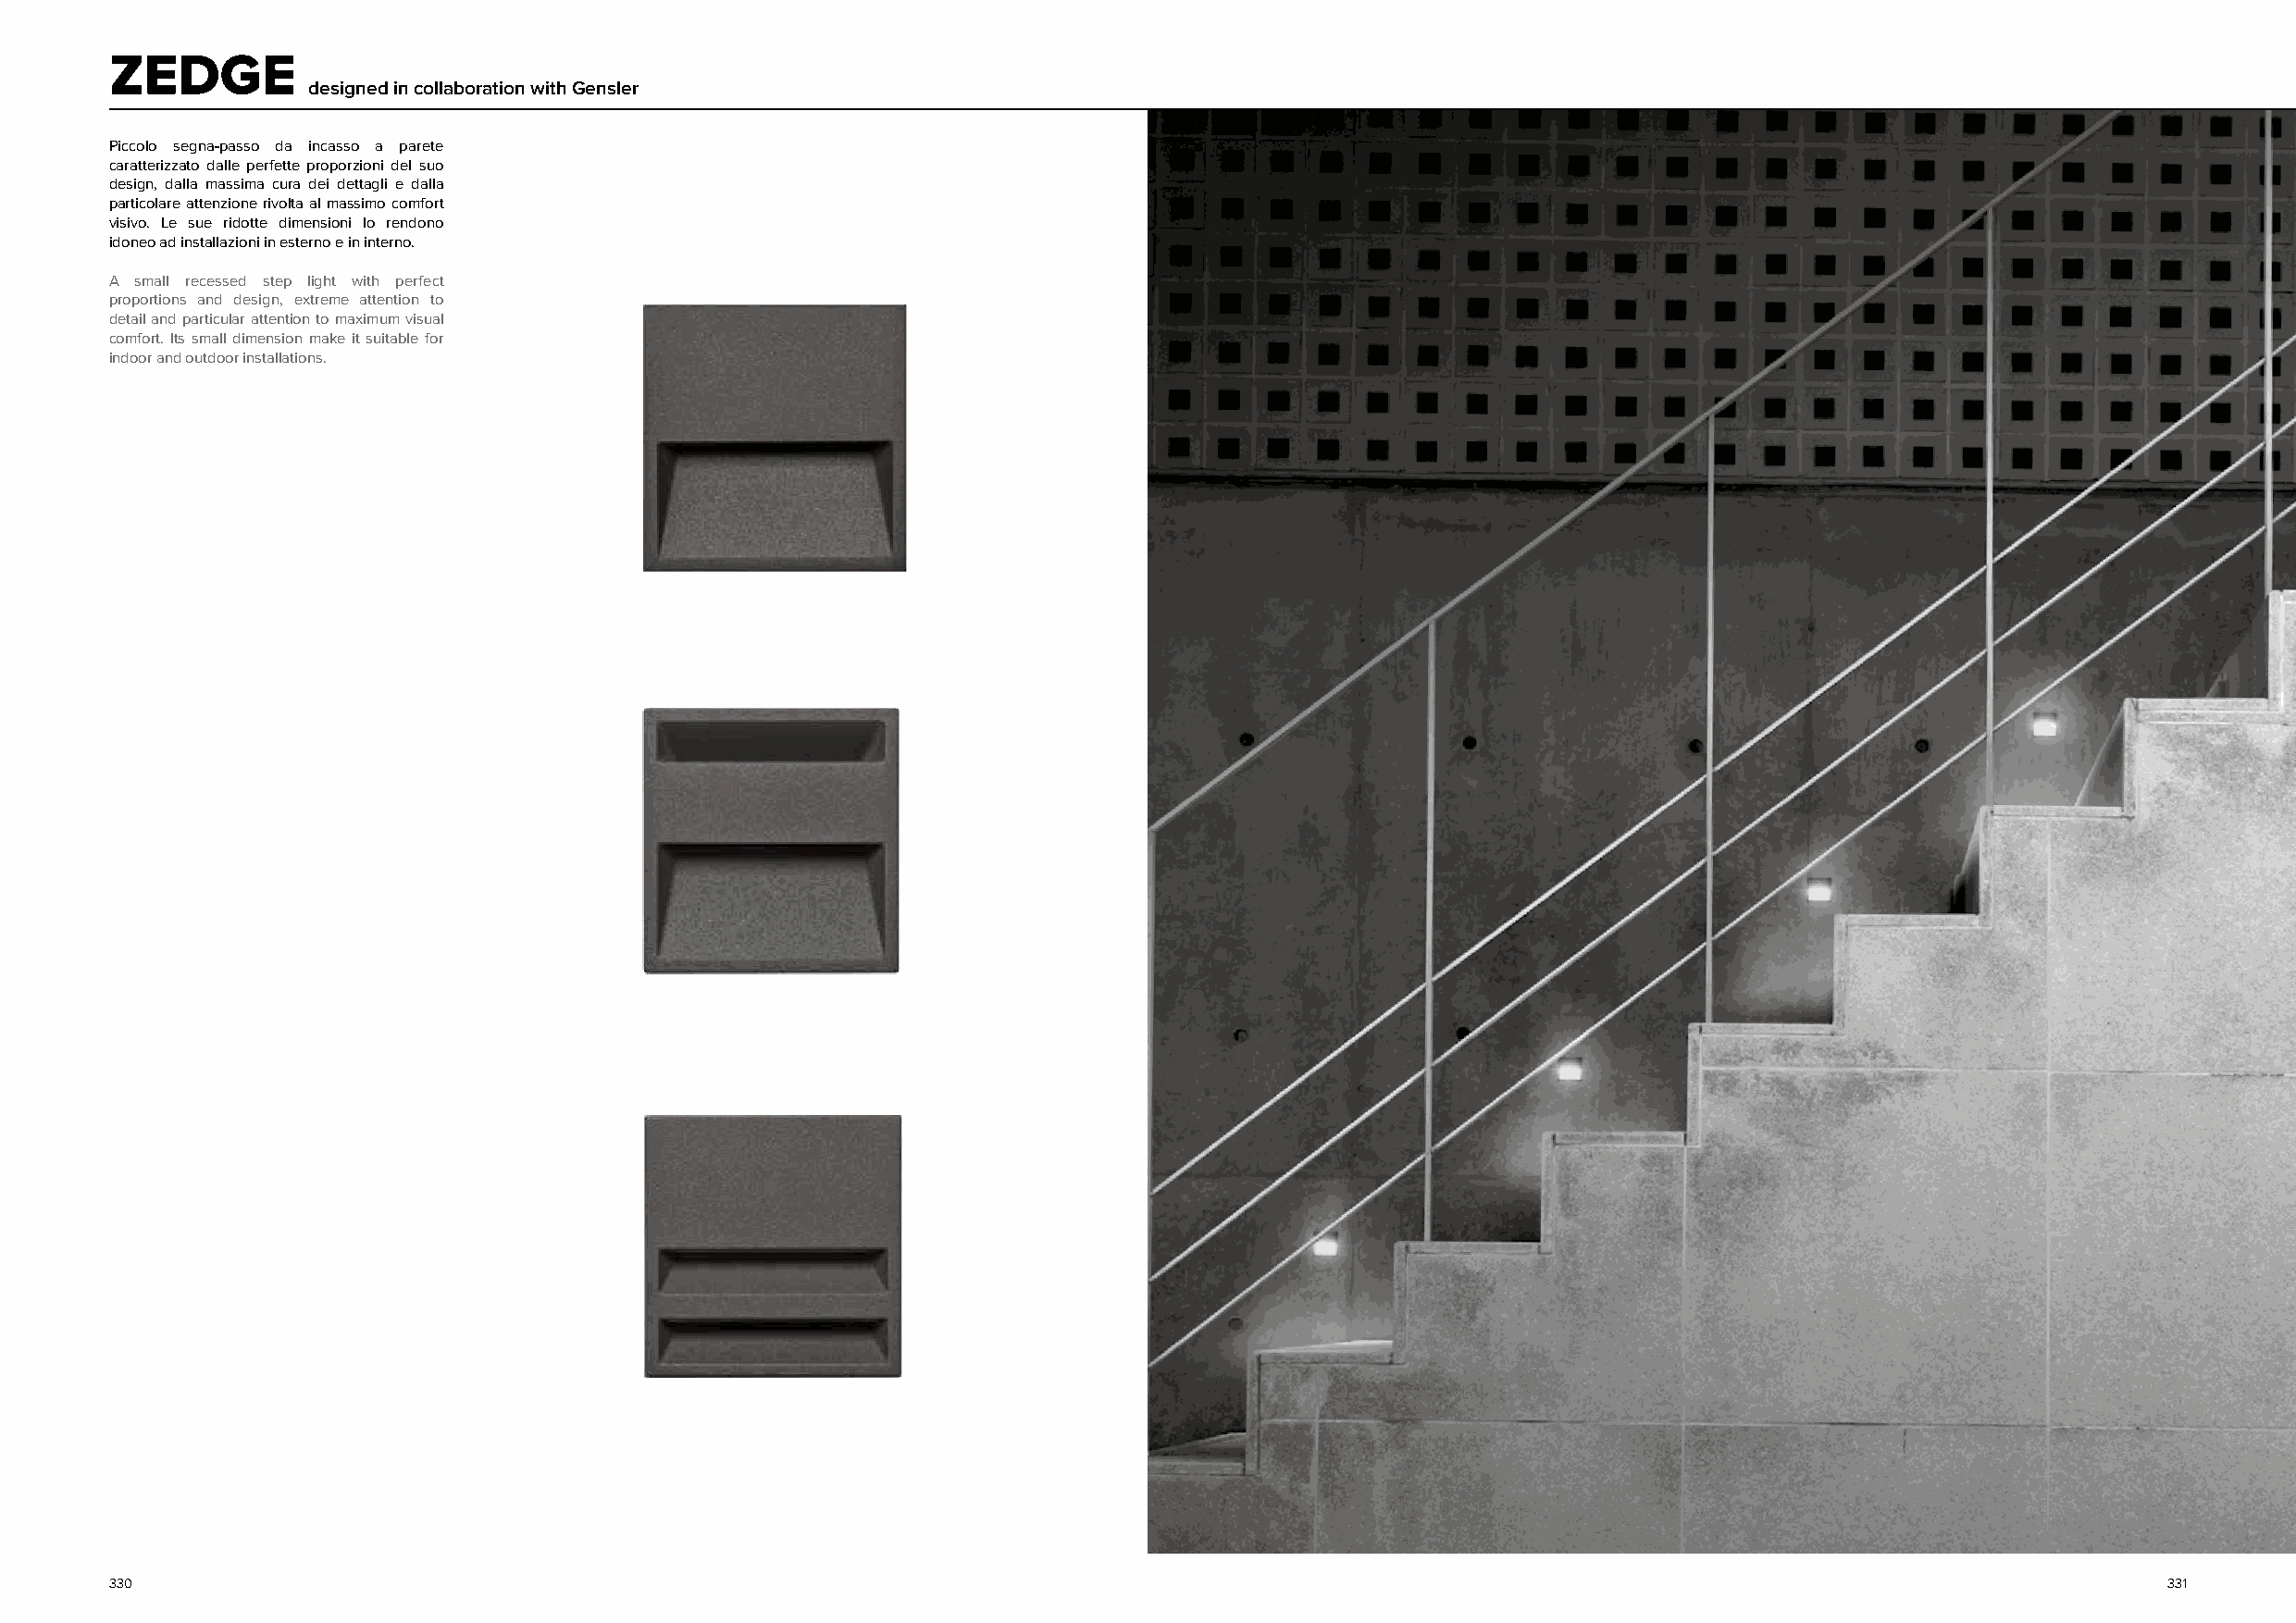
ZEDGE
 designed in collaboration with Gensler
 Piccolo segna-passo da incasso a parete
 caratterizzato dalle perfette proporzioni del suo
 design, dalla massima cura dei dettagli e dalla
 particolare attenzione rivolta al massimo comfort
 visivo. Le sue ridotte dimensioni lo rendono
 idoneo ad installazioni in esterno e in interno.
 A small recessed step light with perfect
 proportions and design, extreme attention to
 detail and particular attention to maximum visual
 comfort. Its small dimension make it suitable for
 indoor and outdoor installations.
 330                                                                                                                                                331